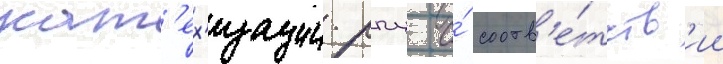
кат'ех'изации рпц о́ соотв'е́тств'ии